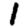
Digit: 1